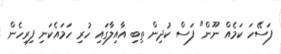
ފަސޭހަ ކަމެއް ނޫން" ފަސް ކުދިން ތިބި އާއިލާގައި ހުރި ހަމައެކަނި ފިރިހެން